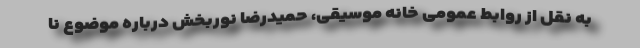
به نقل از روابط عمومی خانه موسیقی، حمیدرضا نوربخش درباره موضوع نا